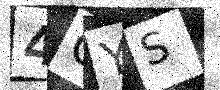
Text: 4OYS